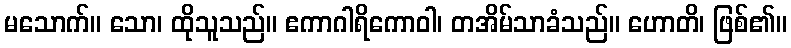
မသောက်။ သော၊ ထိုသူသည်။ ဧကာဂါရိကောဝါ၊ တအိမ်သာခံသည်။ ဟောတိ၊ ဖြစ်၏။